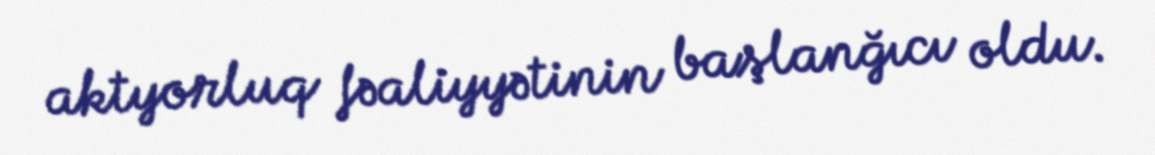
aktyorluq fəaliyyətinin başlanğıcı oldu.